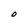
Character: O